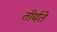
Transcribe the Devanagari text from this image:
तीर्यते